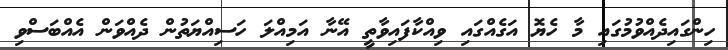
ހިންގައިދެއްވުމުގައި މާ ހެޔޮ އަގެއްގައި ވިއްކާފައިވާތީ އޭނާ އަމިއްލަ ހަސިއްޔަތުން ދެއްވަން އެއްބަސްވި